Civil Veterinary Dept. Bombay admin report 1932-41 - 1932-1941
Year: 1932
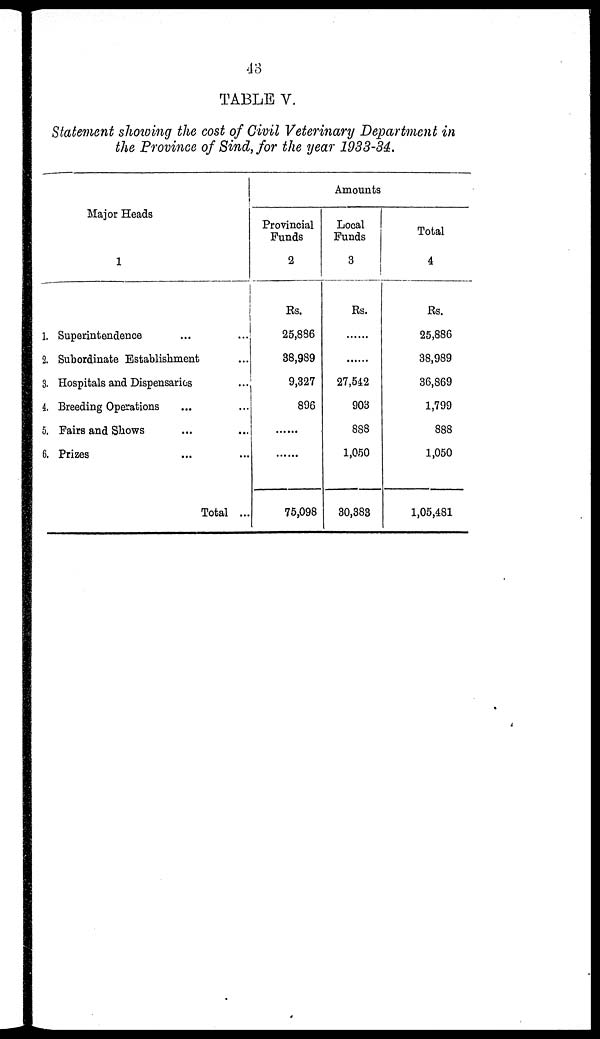
43
TABLE V.
Statement showing the cost of Civil Veterinary Department in
the Province of Sind, for the year 1933-34.
Major Heads
1
1. Superintendence ... ...
2. Subordinate Establishment ...
3. Hospitals and Dispensaries ...
4. Breeding Operations ... ...
5. Pairs and Shows ... ...
6. Prizes ... ...
Total ...
Amounts
Provincial
Funds
2
Rs.
25,836
38,989
9,327
896
......
......
75,098
Local
Funds
3
Rs.
......
......
27,542
903
888
1,050
30,383
Total
4
Rs.
25,886
38,989
36,869
1,799
888
1,050
1,05,481